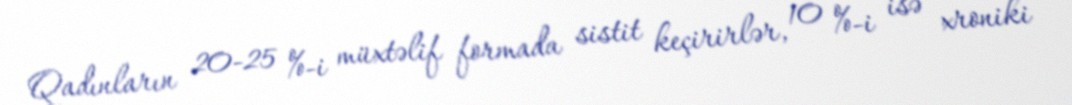
Qadınların 20-25 %-i müxtəlif formada sistit keçirirlər, 10 %-i isə xroniki